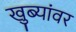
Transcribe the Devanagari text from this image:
खुब्यांवर